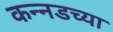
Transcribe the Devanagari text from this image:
कन्‍नडच्या